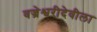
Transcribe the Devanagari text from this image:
वज्रेश्वरीदेवीला